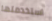
استخدمتها